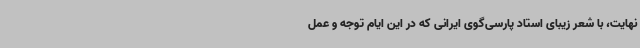
نهایت، با شعر زیبای استاد پارسی‌گوی ایرانی که در این ایام توجه و عمل